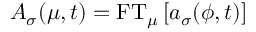
A _ { \sigma } ( \mu , t ) = \mathrm { F T } _ { \mu } \left[ a _ { \sigma } ( \phi , t ) \right]